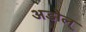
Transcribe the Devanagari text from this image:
अडोल्